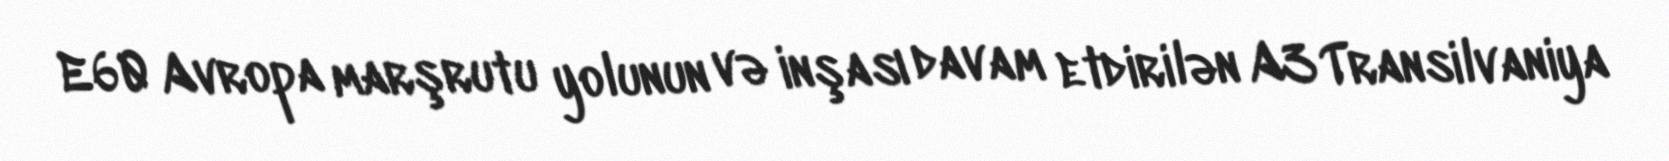
E60 Avropa marşrutu yolunun və inşası davam etdirilən A3 Transilvaniya